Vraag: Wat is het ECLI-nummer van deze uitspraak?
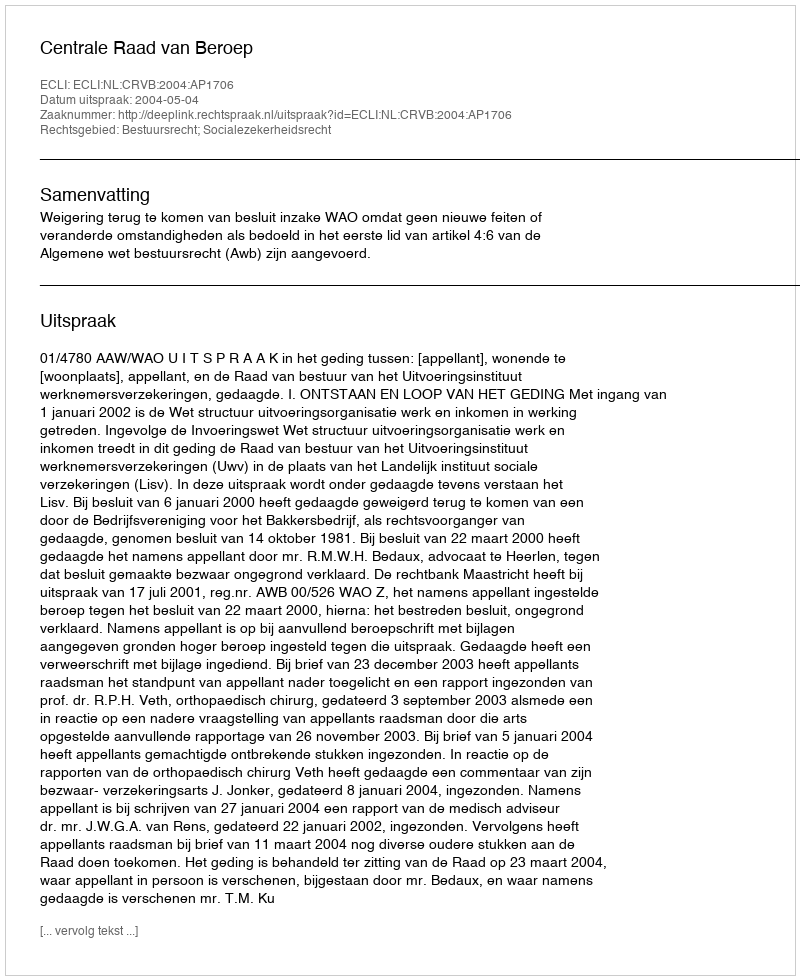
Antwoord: ECLI:NL:CRVB:2004:AP1706